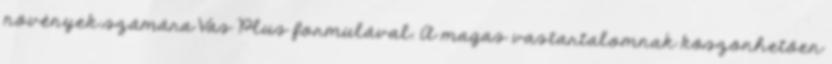
növények számára Vas Plus formulával. A magas vastartalomnak köszönhetően